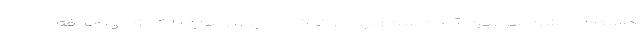
داستان "جشن سربرون" آمده است: بهادر، کدخدای ایل پوسان با کدخدای طایفه